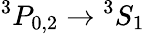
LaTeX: {}^{3}P_{0,2}\rightarrow{}^{3}S_{1}